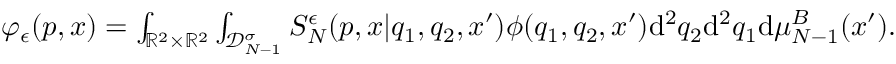
\begin{array} { r } { \varphi _ { \epsilon } ( p , x ) = \int _ { \mathbb R ^ { 2 } \times \mathbb R ^ { 2 } } \int _ { \mathscr D _ { N - 1 } ^ { \sigma } } S _ { N } ^ { \epsilon } ( p , x | q _ { 1 } , q _ { 2 } , x ^ { \prime } ) \phi ( q _ { 1 } , q _ { 2 } , x ^ { \prime } ) \mathrm { d } ^ { 2 } q _ { 2 } \mathrm { d } ^ { 2 } q _ { 1 } \mathrm { d } \mu _ { N - 1 } ^ { B } ( x ^ { \prime } ) . } \end{array}